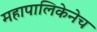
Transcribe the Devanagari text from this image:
महापालिकेनेच